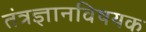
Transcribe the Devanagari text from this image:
तंत्रज्ञानविषयक